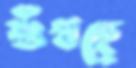
শুঁখছে